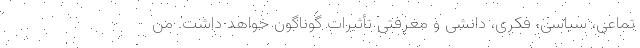
تماعی، سیاسی، فکری، دانشی و معرفتی تأثیرات گوناگون خواهد داشت. من